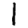
Digit: 1